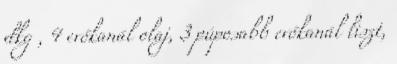
dkg , 4 evőkanál olaj, 3 púposabb evőkanál liszt,